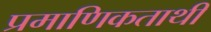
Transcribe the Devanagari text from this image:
प्रमाणिकताथी